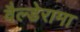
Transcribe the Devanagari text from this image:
वैल्डेरामा